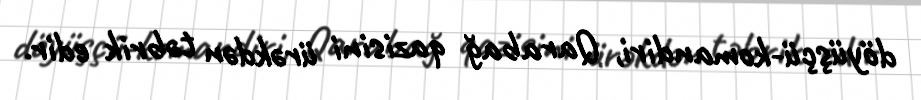
döyüşçü-komandiri, Qarabağ qazisini ürəkdən təbrik edir.